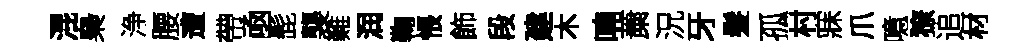
混梟浄腰遭帶凾髭襲難润鞠悵飾段建木喃䔥況牙髮孤村寐爪噫獠追材